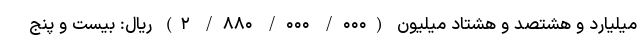
میلیارد و هشتصد و هشتاد میلیون (۰۰۰/ ۰۰۰/ ۸۸۰/ ۲) ریال: بیست و پنج